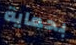
بحماية